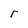
Character: r